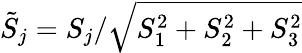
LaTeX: \tilde{S}_{j}=S_{j}/\sqrt{S_{1}^{2}+S_{2}^{2}+S_{3}^{2}}